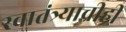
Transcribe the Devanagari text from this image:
स्वातंत्र्याचीही